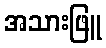
အသားဖြူ